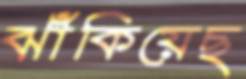
ঝাঁকিয়েছ